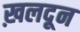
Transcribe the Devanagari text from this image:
ख़लदून